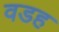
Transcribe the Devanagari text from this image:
वडह